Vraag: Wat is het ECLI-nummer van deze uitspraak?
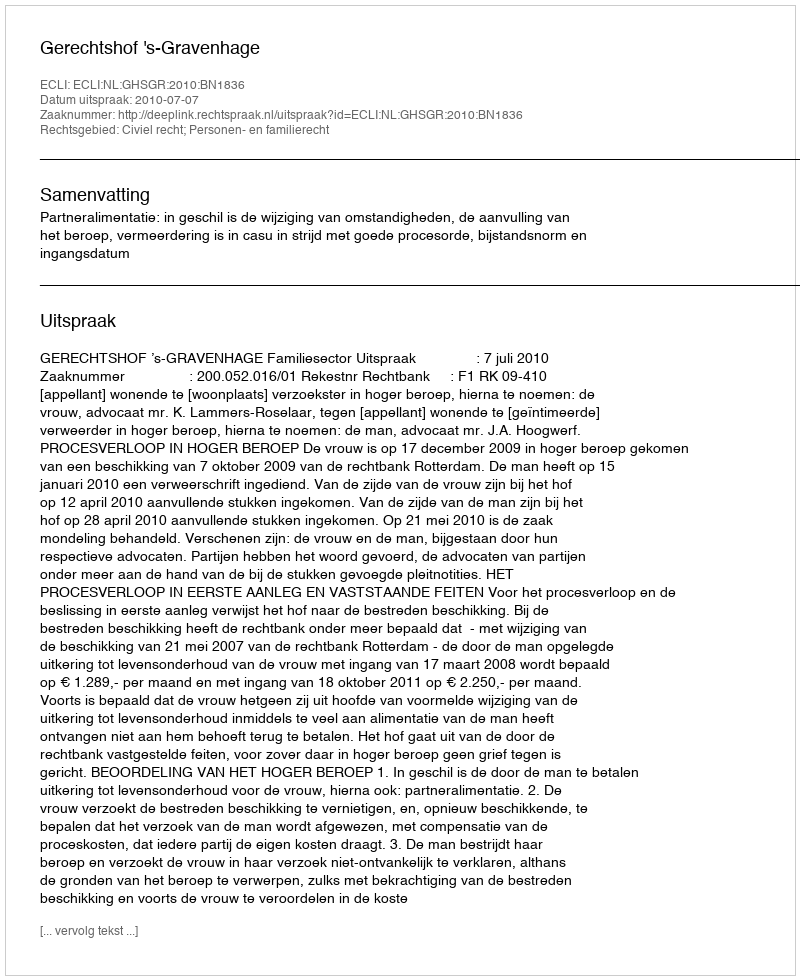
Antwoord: ECLI:NL:GHSGR:2010:BN1836